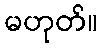
မဟုတ်။